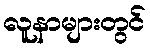
လူနာများတွင်